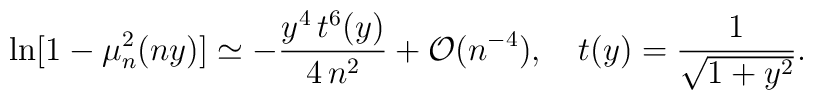
\ln[1-\mu ^2_n(ny)]\simeq-\frac{y^4\,t^6(y)}{4\,n^2}+{\cal O}(n^{-4}),\quad t(y)=\frac{1}{\sqrt{1+y^2}}.